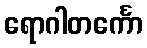
ရောဂါတင်္ကော